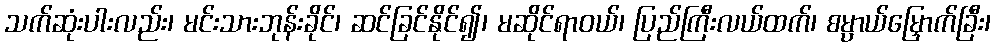
သက်ဆုံးပါးလည်း၊ မင်းသားဘုန်းခိုင်၊ ဆင်ခြင်နိုင်၍၊ မဆိုင်ရာဝယ်၊ ပြည်ကြီးလယ်ထက်၊ စမ္ပာယ်မြှောက်ခြီး၊